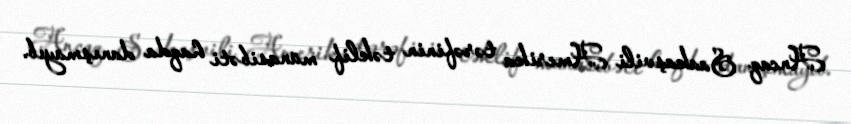
Ancaq Saakaşvili Amerika tərəfinin təklif münasibəti haqda danışmayıb.